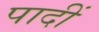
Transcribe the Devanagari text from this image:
पादीं